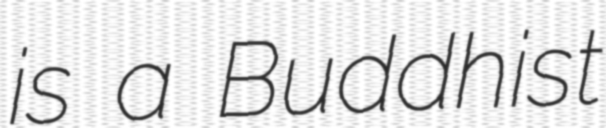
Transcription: is a Buddhist